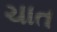
ચાત